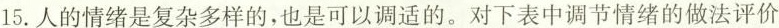
15. 人的情绪是复杂多样的，也是可以调适的。对下表中调节情绪的做法评价